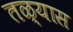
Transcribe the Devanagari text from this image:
तळ्यास